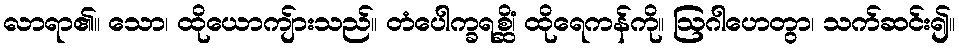
လာရာ၏။ သော၊ ထိုယောကျ်ားသည်။ တံပေါက္ခရစ္ဆိံ၊ ထိုရေကန်ကို။ ဩဂါဟေတွာ၊ သက်ဆင်း၍။